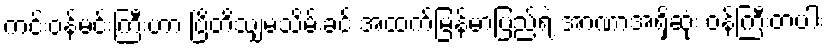
ကင်းဝန်မင်းကြီးဟာ ဗြိတိသျှမသိမ်းခင် အထက်မြန်မာပြည်ရဲ့ အာဏာအရှိဆုံး ဝန်ကြီးတပါး